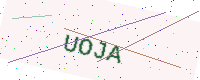
Text: UOJA